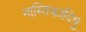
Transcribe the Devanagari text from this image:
नास्तिकादिषु